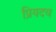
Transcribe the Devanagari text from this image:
प्रियदव